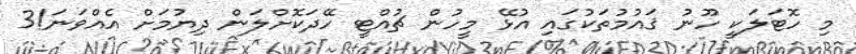
މި ހޮޓަލަކީ ހޫނު ޤައުމުތަކުގައި އުޅޭ މީހުން ޗުއްޓީ ހޭދަކޮށްލަން ދިޔުމަށް އެއްވަނަ!3